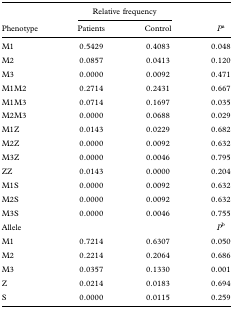
<table><thead><tr><td></td><td colspan="2"><b>Relative frequency</b></td><td></td></tr><tr><td><b>Phenotype</b></td><td><b>Patients</b></td><td><b>Control</b></td><td><b><i>P</i><sup>a</sup></b></td></tr></thead><tbody><tr><td>M1</td><td>0.5429</td><td>0.4083</td><td>0.048</td></tr><tr><td>M2</td><td>0.0857</td><td>0.0413</td><td>0.120</td></tr><tr><td>M3</td><td>0.0000</td><td>0.0092</td><td>0.471</td></tr><tr><td>M1M2</td><td>0.2714</td><td>0.2431</td><td>0.667</td></tr><tr><td>M1M3</td><td>0.0714</td><td>0.1697</td><td>0.035</td></tr><tr><td>M2M3</td><td>0.0000</td><td>0.0688</td><td>0.029</td></tr><tr><td>M1Z</td><td>0.0143</td><td>0.0229</td><td>0.682</td></tr><tr><td>M2Z</td><td>0.0000</td><td>0.0092</td><td>0.632</td></tr><tr><td>M3Z</td><td>0.0000</td><td>0.0046</td><td>0.795</td></tr><tr><td>ZZ</td><td>0.0143</td><td>0.0000</td><td>0.204</td></tr><tr><td>M1S</td><td>0.0000</td><td>0.0092</td><td>0.632</td></tr><tr><td>M2S</td><td>0.0000</td><td>0.0092</td><td>0.632</td></tr><tr><td>M3S</td><td>0.0000</td><td>0.0046</td><td>0.755</td></tr><tr><td>Allele</td><td></td><td></td><td><i>P</i><sup>b</sup></td></tr><tr><td>M1</td><td>0.7214</td><td>0.6307</td><td>0.050</td></tr><tr><td>M2</td><td>0.2214</td><td>0.2064</td><td>0.686</td></tr><tr><td>M3</td><td>0.0357</td><td>0.1330</td><td>0.001</td></tr><tr><td>Z</td><td>0.0214</td><td>0.0183</td><td>0.694</td></tr><tr><td>S</td><td>0.0000</td><td>0.0115</td><td>0.259</td></tr></tbody></table>